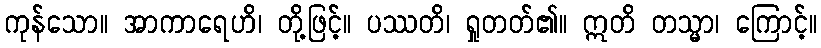
ကုန်သော။ အာကာရေဟိ၊ တို့ဖြင့်။ ပဿတိ၊ ရှုတတ်၏။ ဣတိ တသ္မာ၊ ကြောင့်။